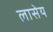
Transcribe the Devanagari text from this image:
लासेय